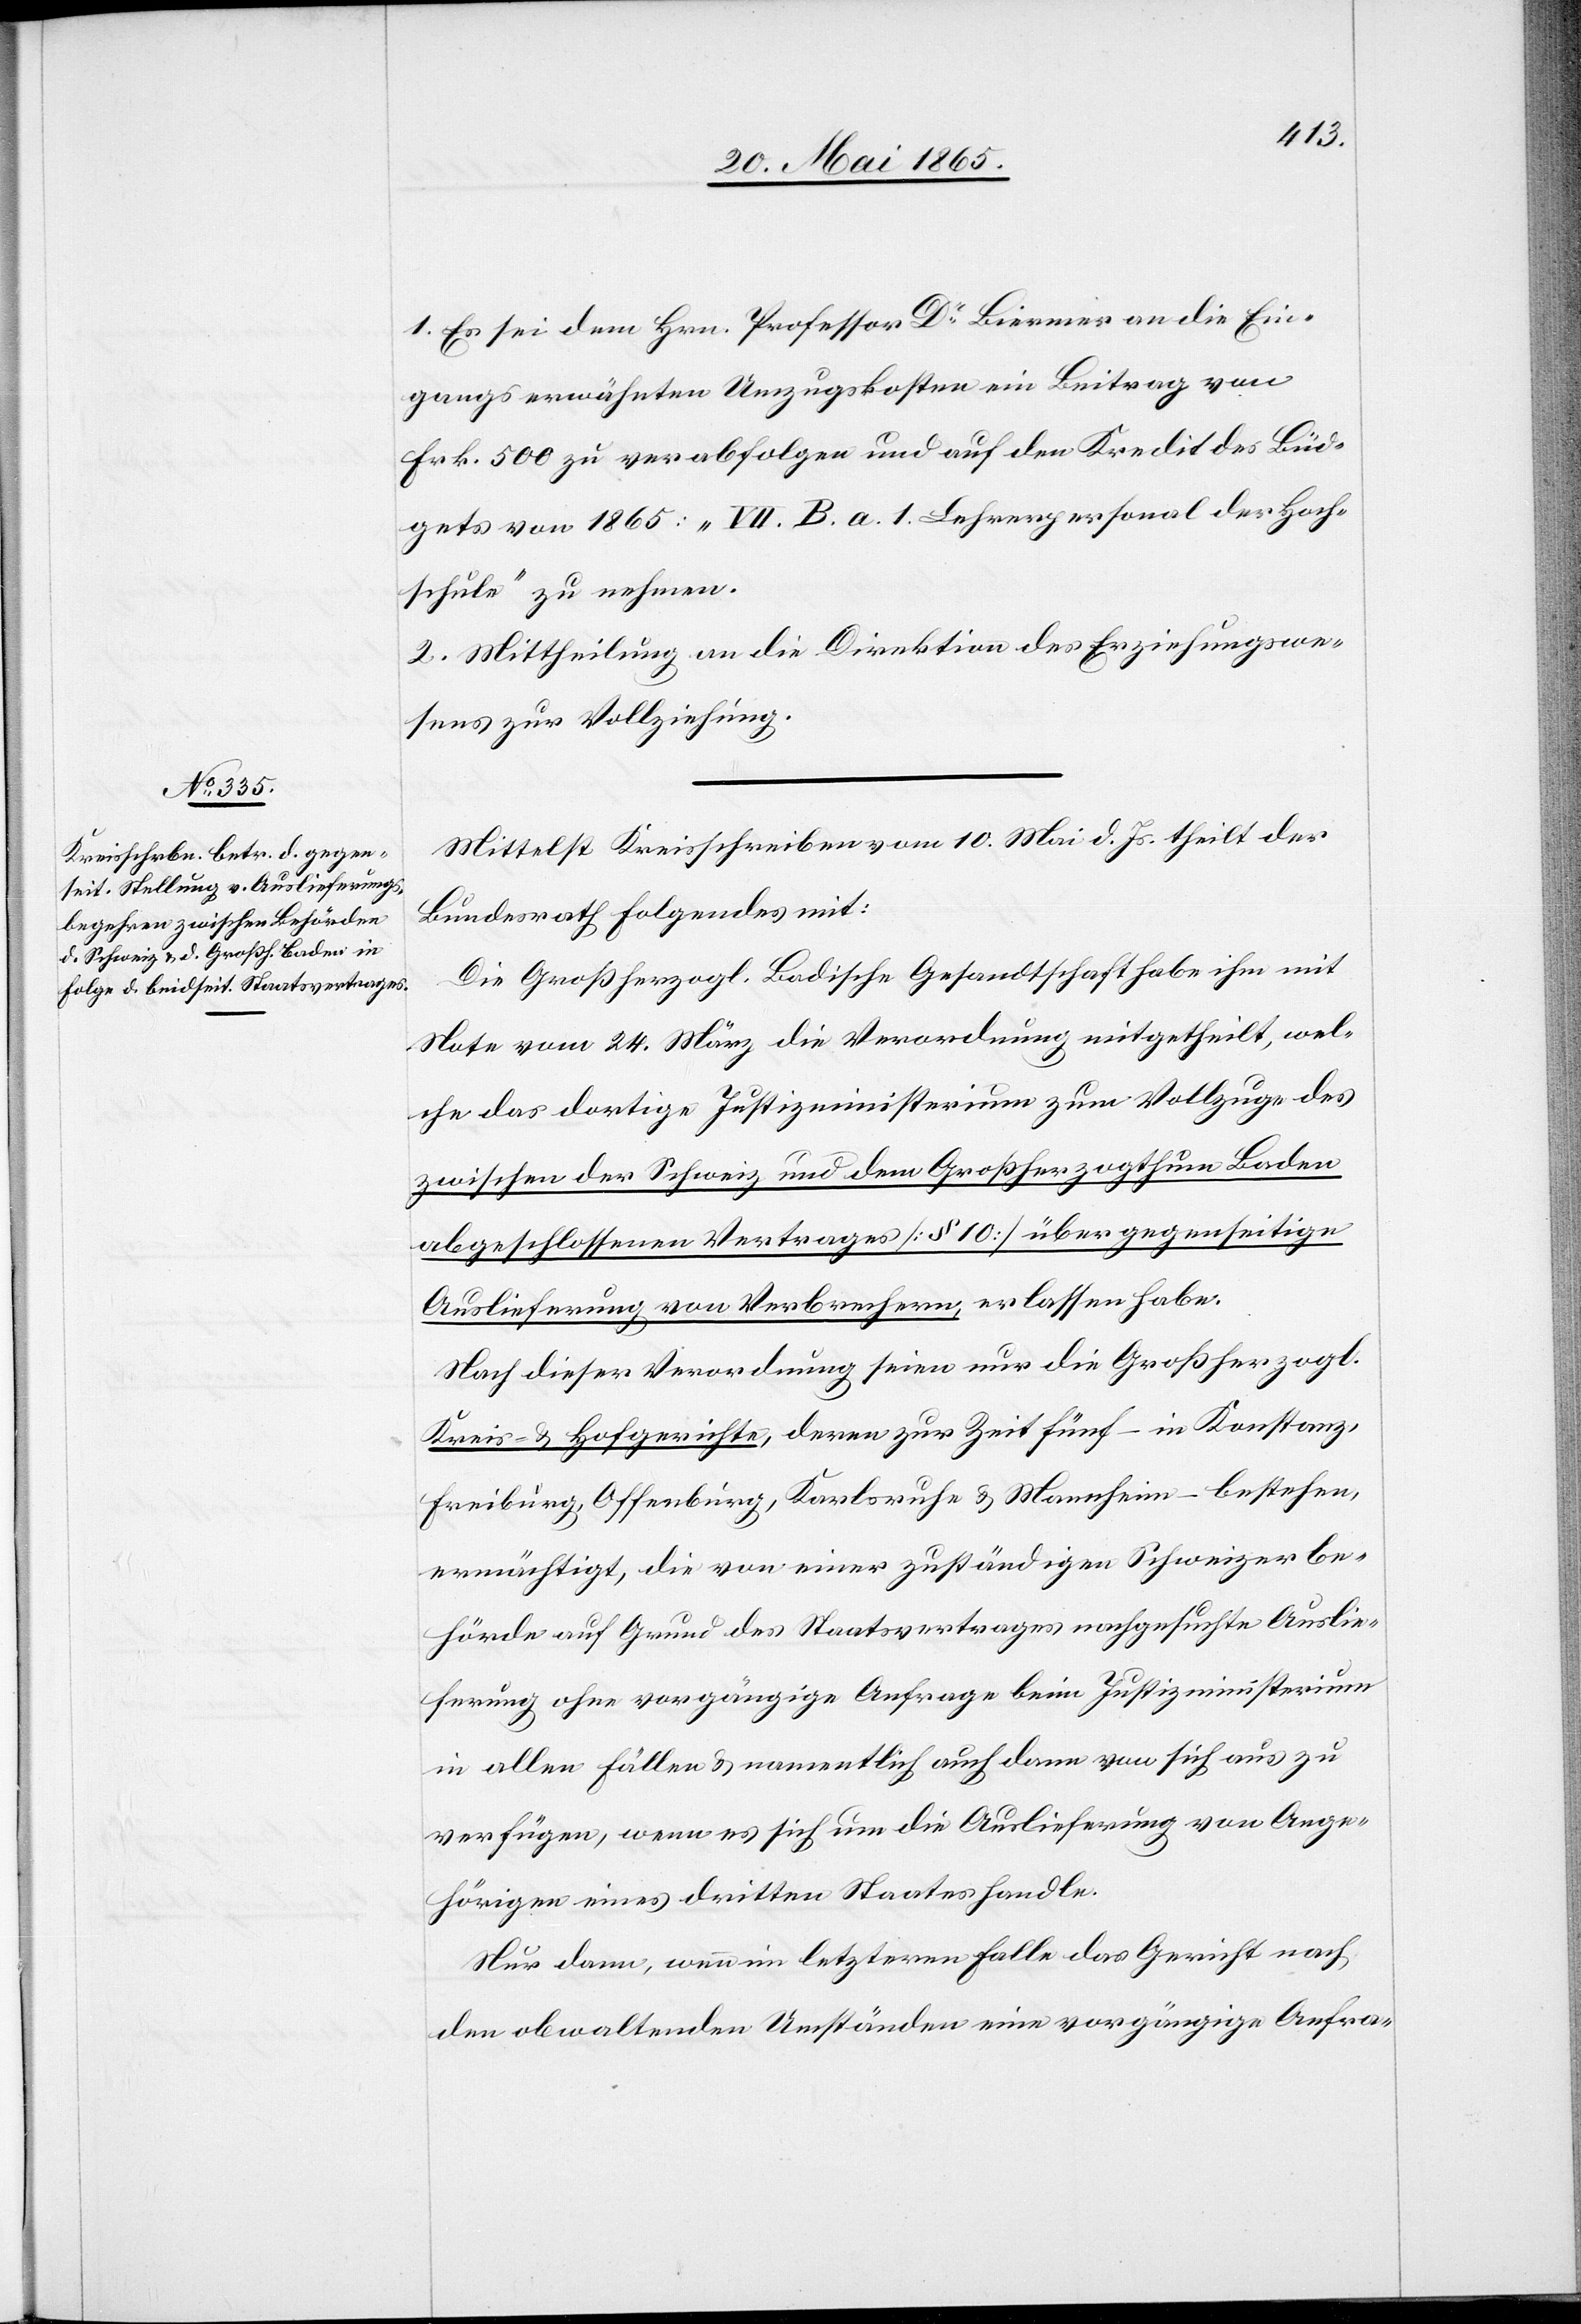
1. Es sei dem Hrn. Professor Dr Biermer an die Ein¬
gangs erwähnten Umzugskosten ein Beitrag von
Frk. 500 zu verabfolgen und auf den Kredit des Büd¬
gets von 1865: „VII. B. a. 1. Lehrerpersonal der Hoch¬
schule“ zu nehmen.
2. Mittheilung an die Direktion des Erziehungswe¬
sens zur Vollziehung.
Mittelst Kreisschreiben vom 10. Mai d. Js. theilt der
Bundesrath folgendes mit:
Die Großherzogl. Badische Gesandtschaft habe ihm mit
Note vom 24. März die Verordnung mitgetheilt, wel¬
che das dortige Justizministerium zum Vollzuge des
zwischen der Schweiz und dem Großherzogthum Baden
abgeschlossenen Vertrages [§ 10] über gegenseitige
Auslieferung von Verbrechern, erlassen habe.
Nach dieser Verordnung seien nur die Großherzogl.
Kreis- & Hofgerichte, deren zur Zeit fünf – in Konstanz,
Freiburg, Offenburg, Karlsruhe & Mannheim – bestehen,
ermächtigt, die von einer zuständigen Schweizer Be¬
hörde auf Grund des Staatsvertrages nachgesuchte Auslie¬
ferung ohne vorgängige Anfrage beim Justizministerium
in allen Fällen & namentlich auch dann von sich aus zu
verfügen, wenn es sich um die Auslieferung von Ange¬
hörigen eines dritten Staates handle.
Nur dann, wenn im letzteren Falle das Gericht nach
den obwaltenden Umständen eine vorgängige Anfra-